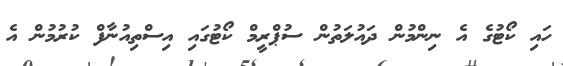
ހައި ކޯޓުގެ އެ ނިންމުން ދައުލަތުން ސުޕްރީމް ކޯޓުގައި އިސްތިއުނާފް ކުރުމުން އެ